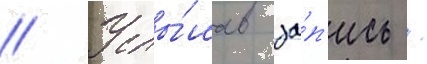
// Услы́шав за́п'ись /